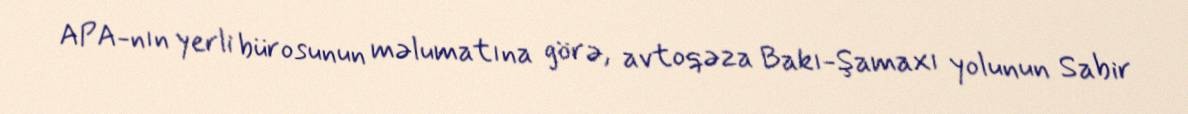
APA-nın yerli bürosunun məlumatına görə, avtoqəza Bakı-Şamaxı yolunun Sabir